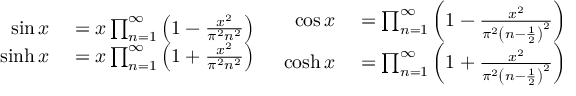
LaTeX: { \begin{array} { r l } { \sin x } & { { } = x \prod _ { n = 1 } ^ { \infty } \left( 1 - { \frac { x ^ { 2 } } { \pi ^ { 2 } n ^ { 2 } } } \right) } \\ { \sinh x } & { { } = x \prod _ { n = 1 } ^ { \infty } \left( 1 + { \frac { x ^ { 2 } } { \pi ^ { 2 } n ^ { 2 } } } \right) } \end{array} } \ \, { \begin{array} { r l } { \cos x } & { { } = \prod _ { n = 1 } ^ { \infty } \left( 1 - { \frac { x ^ { 2 } } { \pi ^ { 2 } \left( n - { \frac { 1 } { 2 } } \right) ^ { 2 } } } \right) } \\ { \cosh x } & { { } = \prod _ { n = 1 } ^ { \infty } \left( 1 + { \frac { x ^ { 2 } } { \pi ^ { 2 } \left( n - { \frac { 1 } { 2 } } \right) ^ { 2 } } } \right) } \end{array} }